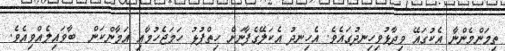
ތިމަންމެންނާ އެކުގައޭ ވިދާޅުވިހިނދުގައެވެ. އެހިނދު އެކަލޭގެފާނަށް ހިތްޕުޅު ހަމަޖެހުމާއި އަމާންކަން  ބާވައިލެއްވިއެވެ.